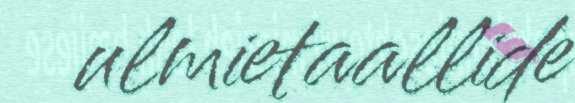
ulmietaallide